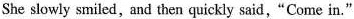
She slowly smiled, and then quickly said,"Come in."